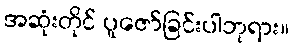
အဆုံးတိုင် ပူဇော်ခြင်းပါဘုရား။